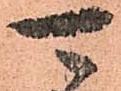
可